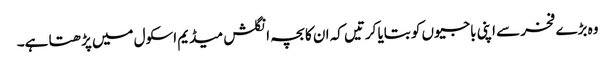
وہ بڑے فخر سے اپنی باجیوں کو بتایا کرتیں کہ ان کا بچہ انگلش میڈیم اسکول میں پڑھتا ہے۔